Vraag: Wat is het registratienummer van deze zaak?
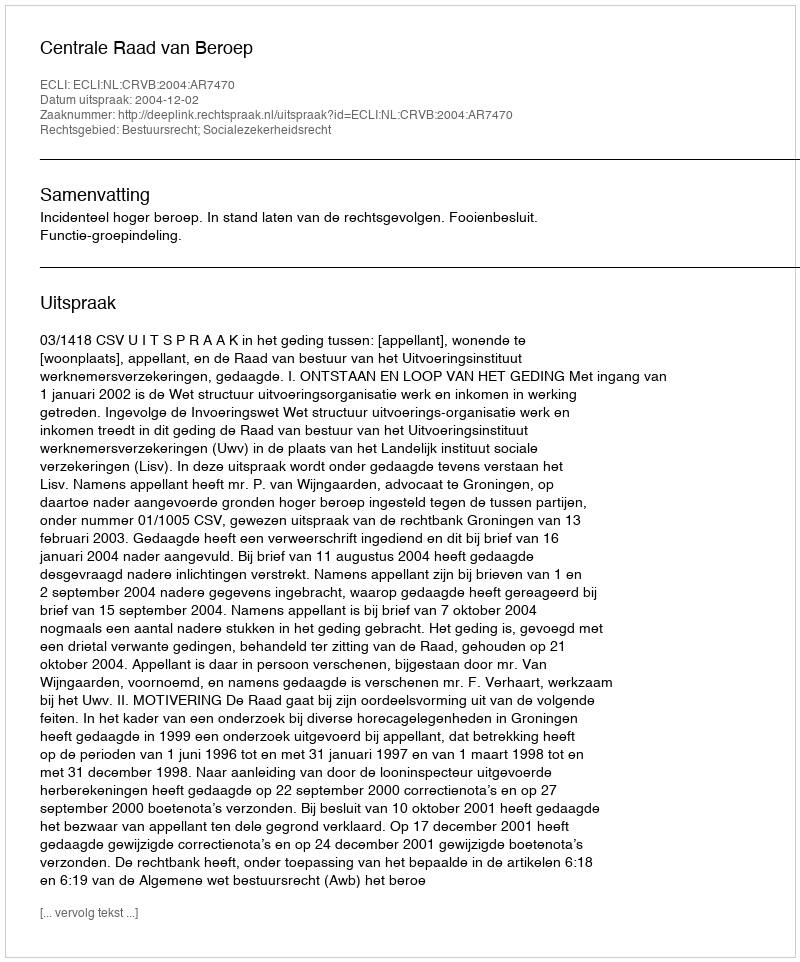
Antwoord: http://deeplink.rechtspraak.nl/uitspraak?id=ECLI:NL:CRVB:2004:AR7470